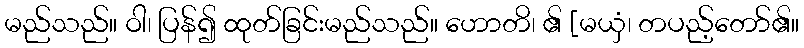
မည်သည်။ ဝါ၊ ပြန်၍ ထုတ်ခြင်းမည်သည်။ ဟောတိ၊ ၏ [မယှံ၊ တပည့်တော်၏။